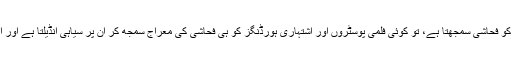
کوئی ہزاروں گز پر پھیلے "سادہ" مکانات کو فحاشی سمجھتا ہے، تو کوئی فلمی پوسٹروں اور اشتہاری ہورڈنگز کو ہی فحاشی کی معراج سمجھ کر ان پر سیاہی انڈیلتا ہے اور اپنے تئیں فحاشی کا "بی ناس مکا" دیتا ہے۔